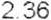
2.36